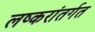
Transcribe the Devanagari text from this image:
लष्करांतर्गत